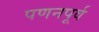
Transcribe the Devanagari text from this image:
पणनपूर्व